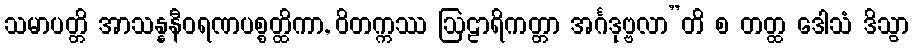
သမာပတ္တိ အာသန္နနီဝရဏပစ္စတ္ထိကာ, ဝိတက္ကဿ ဩဠာရိကတ္တာ အင်္ဂဒုဗ္ဗလာ”တိ စ တတ္ထ ဒေါသံ ဒိသွာ